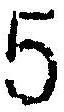
5